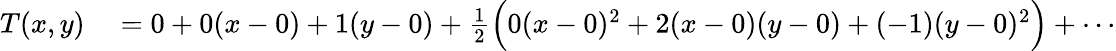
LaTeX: \begin{array}{rl}{T(x,y)}&{{}=0+0(x-0)+1(y-0)+{\frac{1}{2}}{\Big(}0(x-0)^{2}+2(x-0)(y-0)+(-1)(y-0)^{2}{\Big)}+\cdots}\end{array}